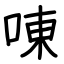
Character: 㖦